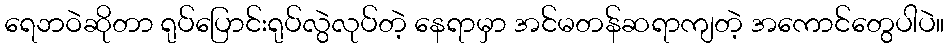
ရေဘဝဲဆိုတာ ရုပ်ပြောင်းရုပ်လွဲလုပ်တဲ့ နေရာမှာ အင်မတန်ဆရာကျတဲ့ အကောင်တွေပါပဲ။